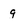
Character: g